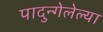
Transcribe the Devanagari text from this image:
पादुन्गेलेल्या